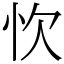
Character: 忺